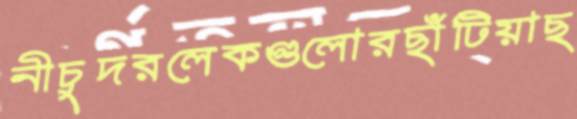
নীচুদরলেকগুলোরছাঁটিয়াছ